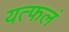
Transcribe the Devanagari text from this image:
यत्फलं